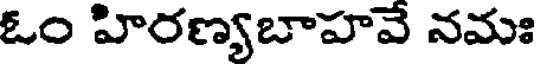
ఓం హిరణ్యబాహవే నమః